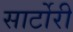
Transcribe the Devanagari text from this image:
सार्टोरी